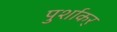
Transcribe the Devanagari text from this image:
पुर्शाकर्